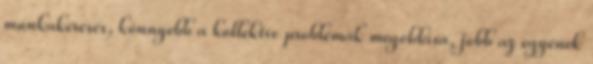
munkakeresés, könnyebb a kollektív problémák megoldása, jobb az egyének